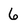
Character: 6